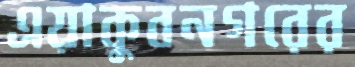
এয়াকুবনগরের